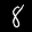
Label: 8